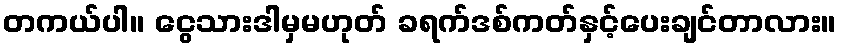
တကယ်ပါ။ ငွေသားဒါမှမဟုတ် ခရက်ဒစ်ကတ်နှင့်ပေးချင်တာလား။